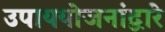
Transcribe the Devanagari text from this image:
उपाययोजनांद्वारे